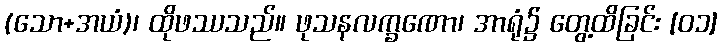
(သော+အယံ)၊ ထိုဖဿသည်။ ဖုသနလက္ခဏော၊ အာရုံ၌ တွေ့ထိခြင်း [၀၁]